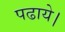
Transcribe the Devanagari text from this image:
पढाये।